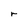
Character: r